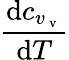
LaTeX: \frac{\mathrm{d}c_{v_{\mathrm{~v~}}}}{\mathrm{d}T}